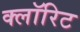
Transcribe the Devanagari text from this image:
क्लॉरिट